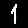
Digit: 1